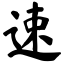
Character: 速